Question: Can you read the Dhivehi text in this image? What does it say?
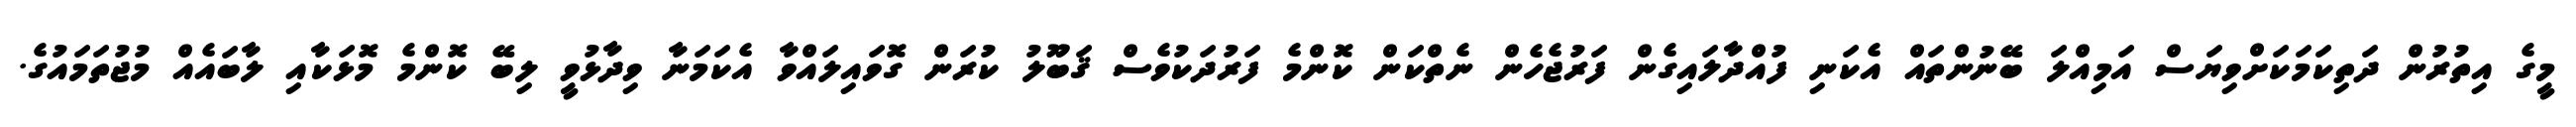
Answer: މީގެ އިތުރުން ދަތިކަމަކަށްވިޔަސް އަމިއްލަ ބޭނުންތައް އެކަނި ފުއްދާލައިގެން ފަރުޖެހެން ނެތްކަން ކޮންމެ ފަރުދަކުވެސް ޤަބޫލު ކުރަން ގޮވައިލައްވާ އެކަމަނާ ވިދާޅުވީ ލިބޭ ކޮންމެ މޮޅަކާއި ލާބައެއް މުޖުތަމައުގެ.